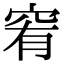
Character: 䆜